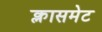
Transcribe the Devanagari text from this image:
क्लासमेट